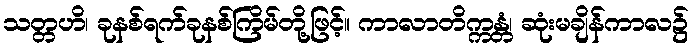
သတ္တဟိ၊ ခုနစ်ရက်ခုနစ်ကြိမ်တို့ဖြင့်။ ကာလာတိက္ကန္တံ၊ ဆုံးမချိန်ကာလ၌